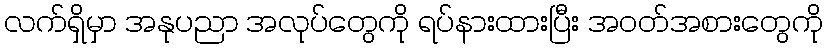
လက်ရှိမှာ အနုပညာ အလုပ်တွေကို ရပ်နားထားပြီး အဝတ်အစားတွေကို